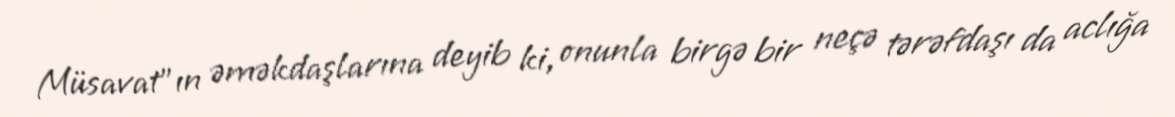
Müsavat”ın əməkdaşlarına deyib ki, onunla birgə bir neçə tərəfdaşı da aclığa